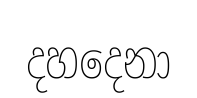
දහදෙනා